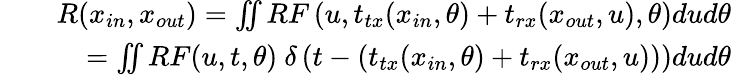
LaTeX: \begin{array}{rlr}&{}&{R(x_{in},x_{out})=\iint{RF\left(u,t_{tx}(x_{in},\theta)+t_{rx}(x_{out},u),\theta\right)dud\theta}}\\ &{}&{=\iint{RF(u,t,\theta)~\delta\left(t-\left(t_{tx}(x_{in},\theta)+t_{rx}(x_{out},u)\right)\right)dud\theta}}\end{array}